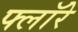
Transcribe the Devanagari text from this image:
फ्लॉरे